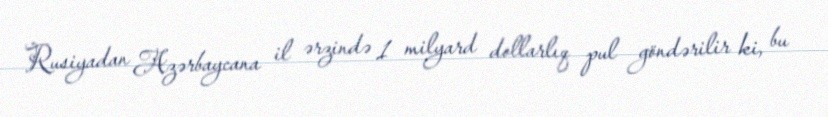
Rusiyadan Azərbaycana il ərzində 1 milyard dollarlıq pul göndərilir ki, bu